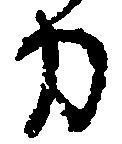
力